Annual report of the Punjab Veterinary College and of the Civil Veterinary Department, Punjab - 1894-1908
Year: 1894
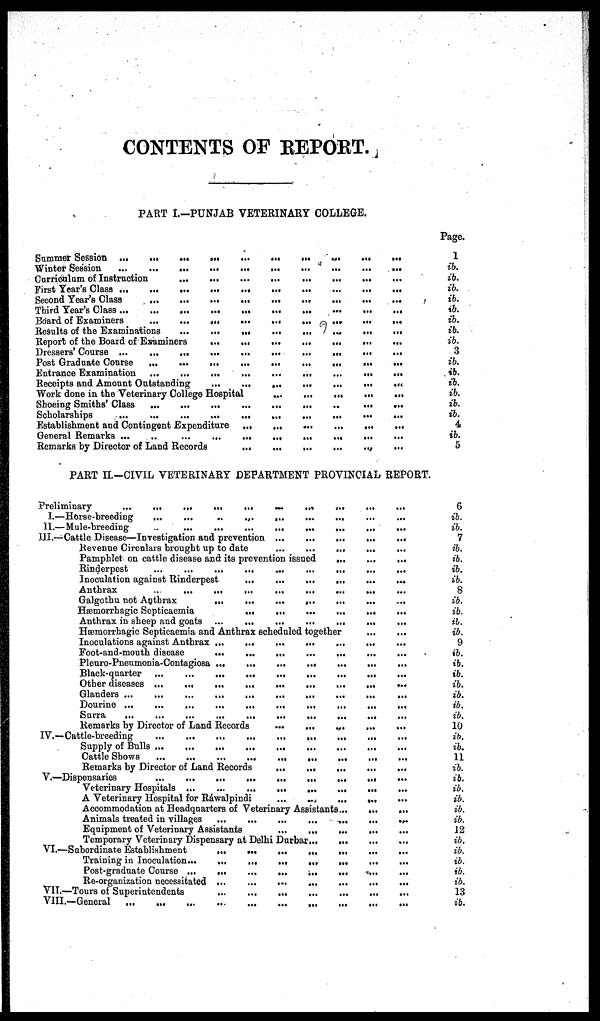
CONTENTS OF REPORT.
PART I.-PUNJAB VETERINARY COLLEGE.
Summer Session ... ... ... ... ... ... ... ... ...
Winter Session ... ... ... ... ... ... ...... ... ... ... ... ... ... ...
Curriculum of Instruction ... ... ... ... ... ... ... ... ... ... ...
First Year's Class ...
...
... ... ... ... ... ... ... ... ...
Second Year's Class ... ... .... .. ... ... ... ... ... ... ...
Third Year's Class ... ... ... ... ... ... ... ... ... ... ...
Board of Examiners ... ... ... ... ... ... ... ... ... ... ...
Results of the Examinations ... ... ... ... ... ... ... ... ... ...
Report of the Board of Examiners ... ...... ... ... ... ... ... ... ...
Dressers' Course ... ... ... ... ... ... ... ... ... ... ... ... ...
Post Graduate Course ... ... ... ... ... ... ... ... ... ... ... ...
Entrance Examination ... ... ... ... ... ... ... ... ... ... ...
Receipts and Amount Outstanding ... ... ... ... ... ... ... ... ... ... ...
Work done in the Veterinary College Hospital ... ... ... ... ... ... ... ...
Shoeing Smiths' Class ... ... ... ... ... ... ... ... ... ... ...
Scholarships ... ... ... ... ... ... ... ... ... ... ...
Establishment and Contingent Expenditure ... ... ... ... ... ... ... ...
General Remarks ... ... ... ... ... ... ... ... ... ... ...
Remarks by Director of Land Records ... ... ... ... ... ... ... ...
Page.
1
ib.
ib.
ib.
ib.
ib.
ib.
ib.
ib.
3
ib.
ib.
ib.
ib.
ib.
ib.
4
ib.
5
PART II.-CIVIL VETERINARY DEPARTMENT PROVINCIAL REPORT.
Preliminary
...
...
... ... ... ... ... ... ... ... ...
I.—Horse-breeding ... ... ... ... ... ... ... ... ... ... ... ...
II.—Mule-breeding ... ... ...
III.—Cattle Disease—Investigation and prevention ... ... ... ... ... ... ... ...
Revenue Circulars brought up to date ... ... ... ... ... ... ... ...
Pamphlet on cattle disease and its prevention issued ... ... ... ... ... ... ... ...
Rinderpest ... ... ... ... ... ... ... ... ... ...
Inoculation against Rinderpest ... ... ... ... ... ... ... ...
Anthrax
...
... ... ... ... ... ... ... ... ...
Galgothu not Anthrax ... ... ... ... ... ... ... ... ... ...
Hæmorrhagic Septicaemia ... ... ... ... ... ... ... ... ... ...
Anthrax in sheep and goats ... ... ... ... ... ... ... ... ... ...
Hæmorrhagic Septicaemia and Anthrax scheduled together ... ... ... ... ... ... ... ...
Inoculations against Anthrax ... ... ... ... ... ... ... ... ... ...
Foot-and-mouth disease ... ... ... ... ... ... ... ... ... ...
Pleuro-Pneumonia-Contagiosa ... ... ... ... ... ... ... ... ... ...
Black-quarter ... ... ... ... ... ... ... ... ... ... ... ...
Other diseases ... ... ... ... ... ... ... ... ... ... ...
Glanders ... ... ... ... ... ... ... ... ... ... ...
Dourine ... ... ... ... ... ... ... ... ... ... ... ...
Surra
...
...
... ... ... ... ... ... ... ... ...
Remarks by Director of Land Records ... ... ... ... ... ... ... ...
IV.—Cattle-breeding ... ... ... ... ... ... ... ... ... ... ... ...
Supply of Bulls ... ... ... ... ... ... ... ... ... ... ...
Cattle Shows ... ... ... ... ... ... ... ... ... ... ... ...
Remarks by Director of Land Records ... ... ... ... ... ... ... ...
V.—Dispensaries ... ... ... ... ... ... ... ... ... ... ...
Veterinary Hospitals ... ... ... ... ... ... ... ... ...
A Veterinary Hospital for Rawalpindi ... ... ... ... ... ... ... ...
Accommodation at Headquarters of Veterinary Assistants ... ... ... ... ... ... ... ...
Animals treated in villages ... ... ... ... ... ... ... ...
Equipment of Veterinary Assistants ... ... ... ... ... ... ... ...
Temporary Veterinary Dispensary at Delhi Durbar ... ... ... ... ... ... ... ...
VI.—Subordinate Establishment ... ... ... ... ... ... ... ... ... ... ...
Training in Inoculation... ... ... ... ... ... ... ... ... ...
Post-graduate Course ... ... ... ... ... ... ... ... ... ...
Re-organization necessitated... ... ... ... ... ... ... ...
VII.—Tours of Superintendents ... ... ... ... ... ... ... ... ... ... ...
VIII.—General ... ... ... ... ... ... ... ... ... ... ... ...
6
ib.
ib.
7
ib.
ib.
ib.
ib.
8
ib.
ib.
ib.
ib.
9
ib.
ib.
ib.
ib.
ib.
ib.
ib.
10
ib.
ib.
11
ib.
ib.
ib.
ib.
ib.
ib.
12
ib.
ib.
ib.
ib.
ib.
13
ib.